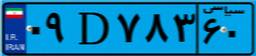
۰۹D۷۸۳۶۰